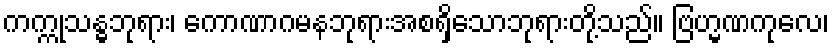
ကက္ကုသန္ဓဘုရား၊ ကောဏာဂမနဘုရားအစရှိသောဘုရားတို့သည်။ ဗြဟ္မဏကုလေ၊